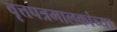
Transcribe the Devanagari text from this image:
वृत्तपत्रमालकांच्या